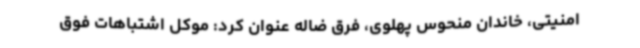
امنیتی، خاندان منحوس پهلوی، فرق ضاله عنوان کرد: موکل اشتباهات فوق